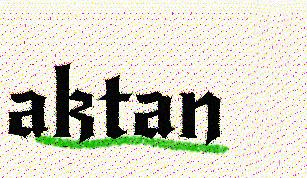
aktan